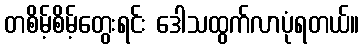
တစိမ့်စိမ့်တွေးရင်း ဒေါသထွက်လာပုံရတယ်။